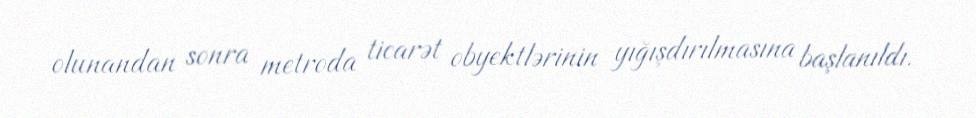
olunandan sonra metroda ticarət obyektlərinin yığışdırılmasına başlanıldı.